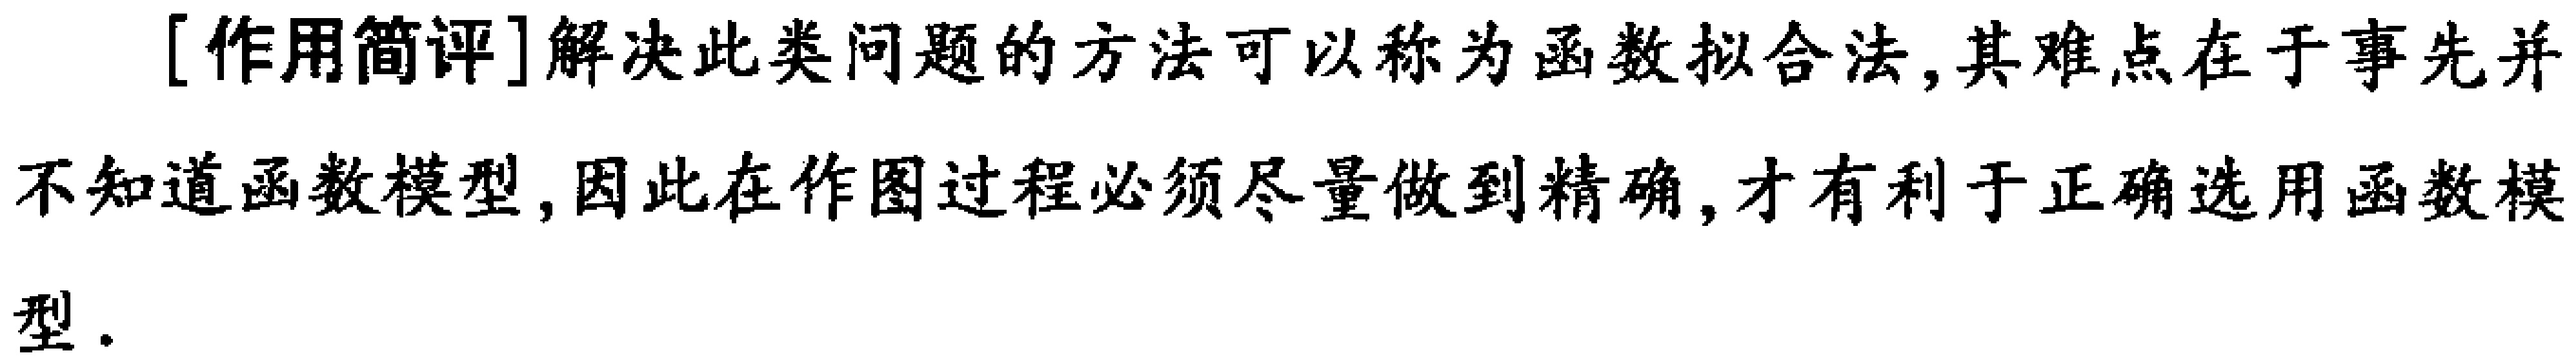
[作用简评]解决此类问题的方法可以称为函数拟合法, 其难点在于事先并不知道函数模型, 因此在作图过程必须尽量做到精确, 才有利于正确选用函数模型.